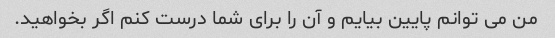
من می توانم پایین بیایم و آن را برای شما درست کنم اگر بخواهید.